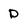
Character: D